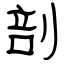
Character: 剖